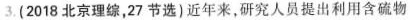
3.(2018北京理综，27节选)近年来，研究人员提出利用含硫物